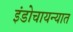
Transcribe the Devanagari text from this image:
इंडोचायन्यात